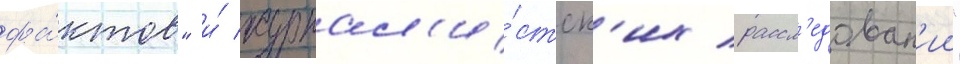
фа́ктов" и́ журнал'и́стск'их рассл'едован'ии"